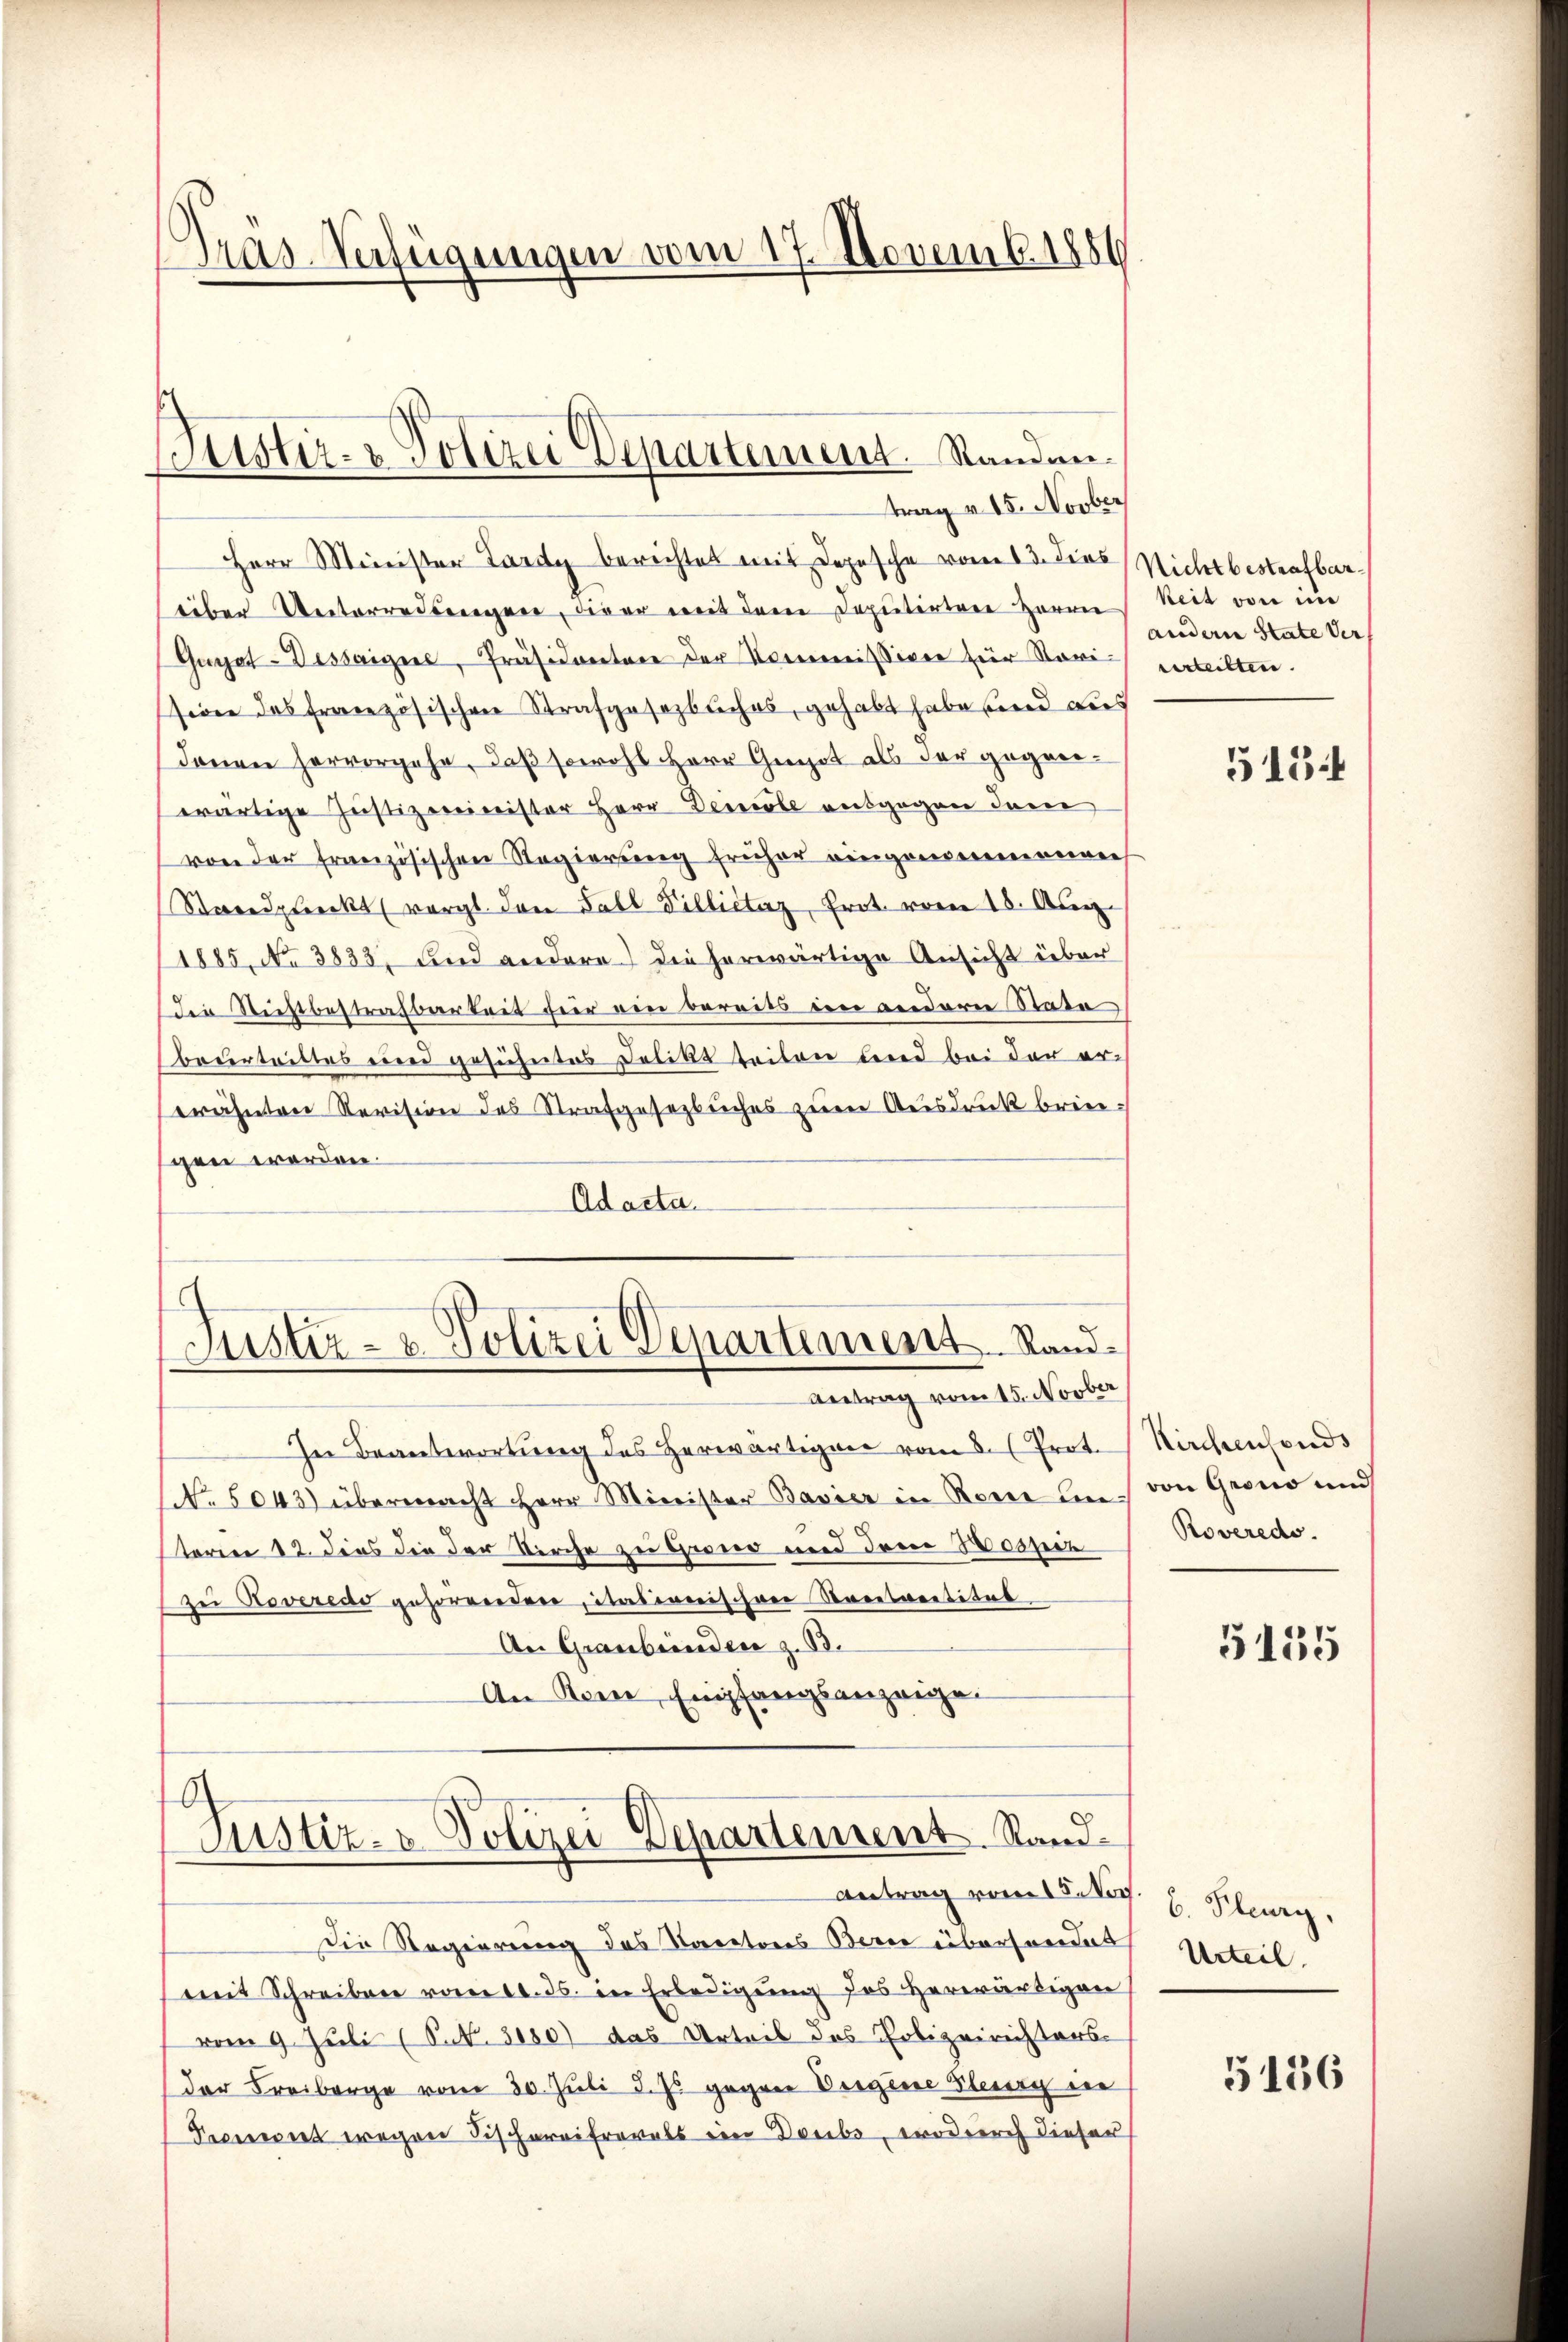
Gras-Verfügungen vom 17. Novemb. 1880

Justiz- & Polizei Departement. Standen.

Herr Minister Lardy berichtet mit Depesche vom 13. Dies Nichtbestrafbar
über Unterredungen, die er mit dem Deputirtere Herrn
Gunjat-Dessaigere, Präsidentare der Noricommissiven für Revisiden des französischen Strafgesetzbuches, gehabt habe und dies
donen hervorgehe, daß sowohl Herr Grot als der gegenwärtige Justizminister Herr Deine ausgegen Inne
von der Französischen Regierung früher eingenommennen
Strnadpleckt (vergl. dan Fall Villictaz, Prot. vom 18. Aug.
1885, No 3833. und andere die herwärtige Ansicht über
die Restbestrafbarkeit für ein bereits ein anderer Stade
beurteiltes und gesühntes Delikt teilen leid bei der ererähnten Revision des Strafgesezbuches zum Ausdruck breigen worden.
Adacta.

trag v. 15. Novber

Justiz- & Polizei Departement Rand.
Antrag vom 15. Novber

A
Justiz- & Polizei Departement. Sand¬

In Beantwortung des Herwärtigen vom 8. Prot.
No. 5043) übermacht Herr Minister Bavier in Rome in von Grono und
sterien 12. Dies die der Kirche zu Grono und den copie
ze Noveredo gesorgenden, italienischen Streetreitiges
An Graubünden z. B.
An Kenne, Empfangsanzeigen

keit von im
andern State Ver
verteilten.

antrag vom 15. Nov. 6. Flury,
Die Regierung des Karatores Berie übersendet
mit Schreiben vom 10. ds. in Erledigŭng des herwärtigen
vom 9. Juli (S. 3180) das Urteil des Polizeirichters
der Freiberge vom 30. Juli d. Js. gegen Vergine Steuerg ein
Peciret wegen Fischereifrevels ein Doubo, wodurch dieser

5154

Kirchenfonds
Roveredo

5155

Urteil.

5186